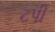
ટપી